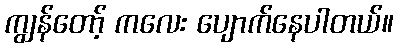
ကျွန်တော့် ကလေး ပျောက်နေပါတယ်။